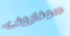
سوفاروف